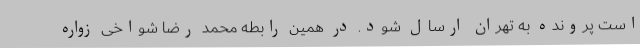
است پرونده به تهران ارسال شود. در همین رابطه محمد رضا شواخی زواره